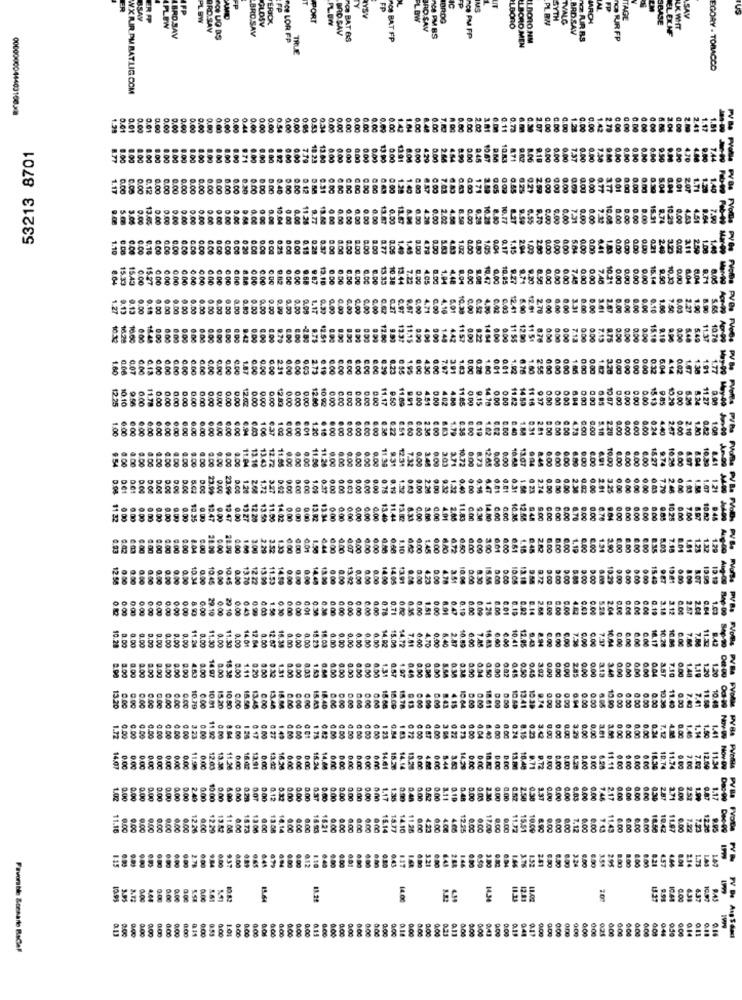
US
BSAY
ER FP
ERICK
PORT
BRDG
SYTH
TVALG
SBASE
SAV
PL BW
RD.SAV
BRO.SAV
GLOSV
BRO SAV
ARD SAV
TAGL
ELEXNF
LK WHIT
Ce LOR FP
BRD SAV
Ce BAT &S
RCN BAT FP
nce PM FP
L DORO NM
TO PUR RS
TRUE
LBORO MEN
EGORY - TOBACCO
WX AIR PM RATLIG.COM
0000000044403100-28
1.29
0.01
0.00
5.01
0.00
0.00
0.00
0.00
0.00
0.05
0.53
0.34
0.00
0.00
0.00
0.00
a888828
2.00
3.01
0.11
¥988
100
0.00
0.00
0.00
0.00
1.42
2.TO
0.00
53213 8701
1.00
8.00
9 92
0.00
7.79
10.23
0.00
0.00
0.00
13.90
13.91
0.00
4.29
2.90
0.00
045
90.67
10.83
9.10
0.00
0.00
7.37
0.60
A
0.12
0.00
0.00
0.00
88
0.00
0.00
888888888
888-5
8.31
CIDO
8
0.00
0.00
8.00
0.02
9.00
0.00
8.00
0 00
0.01
0.00
13.65
0.00
0.00
0.00
9.00
0.00
0.00
0.00
0.00
RER
10.64
13.60
0.00
0.00
0.00
0.00
11.07
0.00
11.07
6.00
4.28
0.00
2.02
4.00
0.00
10.25
8.80
10.77
9.59
9.70
0.00
9.00
0.00
7.31
5.00
10.08
8.00
0.00
15.31
10.25
0.00
1.10
0.00
0.00
0.18
0.00
0.00
0.00
0.00
0.00
0.00
0.00
0.00
0.00
0 20
0.00
0.00
0.25
0.00
0.15
0.28
0.37
8.00
8.00
8.00
8.05
1.49
9.00
4.79
1.02
0.00
2888881885
0.00
0.00
0.00
0.00
0.00
0.21
0.02
2.11
2.59
1.00
15.33
15.43
0.00
15.27
0.00
0 00
0.00
0.00
388
0.00
0 00
0.00
9.12
10.DC
0.00
9.68
9 87
0.00
6.00
0.00
13.33
10.38
13.44
7.22
405
19.47
0.00
10.95
9.27
9.20
0.50
0.00
0.00
0.00
0.00
0.00
7.40
0.00
0.00
0.00
0.00
15.14
9.50
10.30
0.00
9.71
1.27
0.13
0.18
0.00
888
0.00
0.00
0.00
0.80
0.00
0.00
0.09
0.00
0.00
0.00
0.67
0.27
9.07
4.71
0.00
4,16
10.39
4.90
5.90
12.01
2.78
0.00
6.00
0.00
3.31
0.00
3.01
0.00
0.00
0.00
0.10
7.50
0.03
5.65
10.2
16.28
16.40
0.00
6.00
0.00
0.00
979
12.51
8.00
12.60
1331
11.15
442
1157
1484
000
11 5$
12.00
000
0.00
0.00
0.00
15.10
9.19
5.40
11.37
10.76
1.60
0.07
0.00
0.00
0.00
0.00
0.00
0.00
0.00
6.DO
0.00
6.00
0.00
6.00
6.60
4.30
0.00
0.00
0.20
1.80
0.01
0.01
1.92
6.76
6.00
0.00
0.00
0,00
0.00
88
0.00
0.12
6.04
1.47
12.25
10.10
9.56
0.00
11.78
0.00
0.00
0.00
0.00
0.00
0.00
0.00
12.02
0.00
0.00
0.00
12.60
10 92
0.00
88848558
0.00
11.17
0.00
4.51
0.00
4.02
4.80
11.85
0.00
9.15
14.78
0.00
0.00
11.82
14 50
9.37
0.00
0.00
888
0.00
0.00
15.13
9.85
0.00
8.24
11.27
1.00
0.00
0.00
6.00
0.00
8
6.00
0.00
6.00
6.00
6 01
.. 10
6.00
6.38
0.00
2 30
1.79
0.18
0.00
8:00
0.00
5.18
2.28
8.00
8.00
9.00
4 40
2.10
1.80
0.82
1.00
1.20
. 00
0.00
0.00
8
888
888
8
9 54
1.00
8.00
8.00
88
0.00
0.00
8.00
11.30
7.12
3.03
3.71
0.00
6.80
9.00
6.00
10.00
8.41
0.00
9.00
11.06
0.00
8.00
0.00
6.00
6.00
9.74
10.20
0.61
D.OG
5.02
23.99
0.00
23.99
3.27
0.00
1.00
0.00
0.00
0.00
0.19
0.00
2.20
9.00
0.40
. 00
6.81
0.01
2.30
0.00
2.01
0.00
0.00
0.00
6.03
7.79
2.46
1.21
11 32
0 00
9.00
0.00
9.00
0.00
13.35
12.47
9.00
12.47
12.27
12.20
13.50
11.00
0.00
0.00
13.02
0.00
0.00
0.00
0.00
0.00
0.00
13.40
6.00
0.00
4.01
14.00
10.36
12.58
9.00
0.00
0.00
0.00
6.78
0.60
0.00
0.00
0.00
8.97
10 A2
8.00
6.00
8.00
0 00
8.04
0.00
28.00
28.00
0.00
1.00
3.00
3.52
1.30
. 00
1.50
6.44
600
0.00
0.00
6.00
6.00
1.10
6.00
1.45
6.00
6.72
6.50
6.00
6.00
300
6.01
6.00
6.61
4.18
6.00
6.00
1.19
6.00
6.00
1.34
2.90
6.00
0.00
1.81
1.23
12.58
0.00
10.34
0.00
10.45
0.00
0.00
0.00
0.00
14.00
3.51
15.55
10.05
88888
9.72
3.00
9.00
0:00
19 81
8.00
0.00
888
0:00
0.09
0.00
0.00
0.41
1.58
0.00
0.00
0.00
0.00
0.00
0.00
0.00
0.00
0.78
0.00
0.00
2.68
0.00
0.00
4.43
0.03
0.00
5.28
2.04
0.00
0.00
3.18
3.12
2.87
2.04
0.00
0.47
0.02
0.00
0.00
0.00
0.DO
0.00
0.00
0.00
14.03
3888
14.72
7.41
0.00
0.00
0.00
0.00
0.00
10.28
11.30
0.00
11.30
0.00
0.00
12.07
0.00
15.23
0.20
0.00
0.00
0.00
5.40
2.87
16.43
0,60
10.41
10.64
10.28
16.86
0.00
0.00
0.00
8.00
0.00
0.45
0,45
0.00
0.00
6.00
0.04
8.00
8.00
4.53
0.00
8.00
15 38
0.20
0.32
0.00
1.43
0.50
0.00
1.00
1.97
0.50
0.38
0.00
9.50
0.50
0.00
3.5T
0.00
1.48
1.19
1.20
0.0C
5888
0.00
§8888
0.50
10
13.20
0.00
0.00
0.00
0.00
0.00
10.79
10 01
15.20
10.50
0.00
18.58
13.45
8.00
0.00
15.A3
8888888
18.40
0.00
15.68
16.00
15.78
4.15
10.M4
0.00
18 61
10.60
13.41
10.39
9.74
0.00
0.00
0.00
10.30
11.40
7.49
89
0.04
0.00
0.30
1.72
0.00
0.00
0.00
0.00
0.00
0.00
0.00
3.23
0.27
388
1.83
0 72
0.00
0.00
6.40
0.00
0.24
8.15
0.23
0.00
9.00
3.29
0.00
0.00
0.00
0.00
8.00
0.00
0.00
0.00
0.00
0.00
0.00
11.96
0.00
13.30
11.20
0.00
16.47
13.91
0.00
13 40
16.30
0.00
0.00
0 00
14.88
0.00
0.00
0.00
0.00
D.EC
13.m
9.72
0.00
0.00
0.00
18.30
10.74
11.74
7.02
12.69
11.34
1.02
0.00
0.00
0.00
0.00
0.00
0.00
0.00
0.00
10.00
0.00
6.90
0.00
0.00
0.00
0.00
0.00
0.00
0.00
1.17
1.35
0.90
0.40
0.00
0.52
0.00
3.11
0.00
0.03
2.36
0.00
0.00
2.5
3.37
0.00
0.00
0.00
6.03
0.00
7.46
2.17
0.00
2.52
1.17
11.16
9.00
0.00
9.00
12.26
12.50
11.85
15.73
13.00
0.00
18.21
0.00
8.00
8.00
6.00
15.14
18 77
11.26
423
4.00
4.06
6.00
0.00
0.00
11.72
15.51
0.00
8.00
7.12
0.00
0.00
0.00
8855
6.00
18.50
1.22
7.33
9.95
6.00
0.43
1.46
6.50
147
6.44
0.00
1.10
0.00
0.00
6.00
121
1.46
3.76
1.00
8.00
4.57
214
.75
10.93
0.00
14.64
14.00
14.34
9.94
10.41
437
0.11
0:00
041
0-40
0.00
0.00
1:01
0:00
0.00
8:00
0:00
0.00
0.00
0:00
0.00
0.00
0.00
8.00
0.00
0.00
0.00
0.00
4.00
0.23
000
0.00
0:00
9.00
0:00
0.17
9.00
0.00
0.00
0.00
014
0.18
Favorable Scenarie Bacal